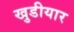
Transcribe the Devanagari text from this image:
खुडीयार